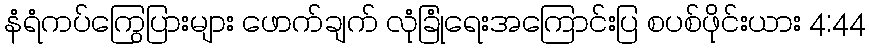
နံရံကပ်ကြွေပြားများ ဖောက်ချက် လုံခြုံရေးအကြောင်းပြ စပစ်ဖိုင်းယား 4:44